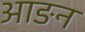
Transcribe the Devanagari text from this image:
आङन